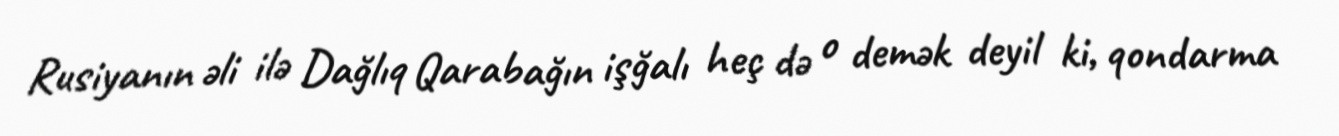
Rusiyanın əli ilə Dağlıq Qarabağın işğalı heç də o demək deyil ki, qondarma